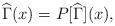
LaTeX: \begin{align*}\widehat \Gamma(x)=P[\widehat \Gamma](x),\end{align*}